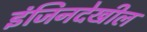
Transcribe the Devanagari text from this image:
इंजिनदेखील